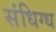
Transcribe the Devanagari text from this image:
संधिग्ध